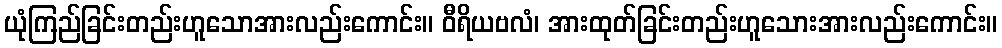
ယုံကြည်ခြင်းတည်းဟူသောအားလည်းကောင်း။ ဝီရိယဗလံ၊ အားထုတ်ခြင်းတည်းဟူသေားအားလည်းကောင်း။